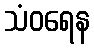
သံဝရေန